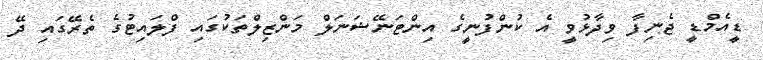
ޑީއެމްޑީ ޖެނިފާ ވިދާޅުވީ އެ ކުންފުނީގެ އިންޓަނޭޝަނަލް މަންޒިލްތަކުގައި ފްލައިޓުގެ ތެރޭގައި ދޭ